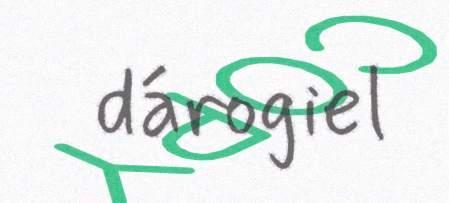
dárogiel